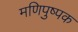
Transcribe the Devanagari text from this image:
मणिपुष्पक